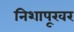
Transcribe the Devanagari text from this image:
निशापूरवर